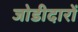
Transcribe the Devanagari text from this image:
जोडीदारों